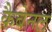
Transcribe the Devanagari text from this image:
कैबेनल